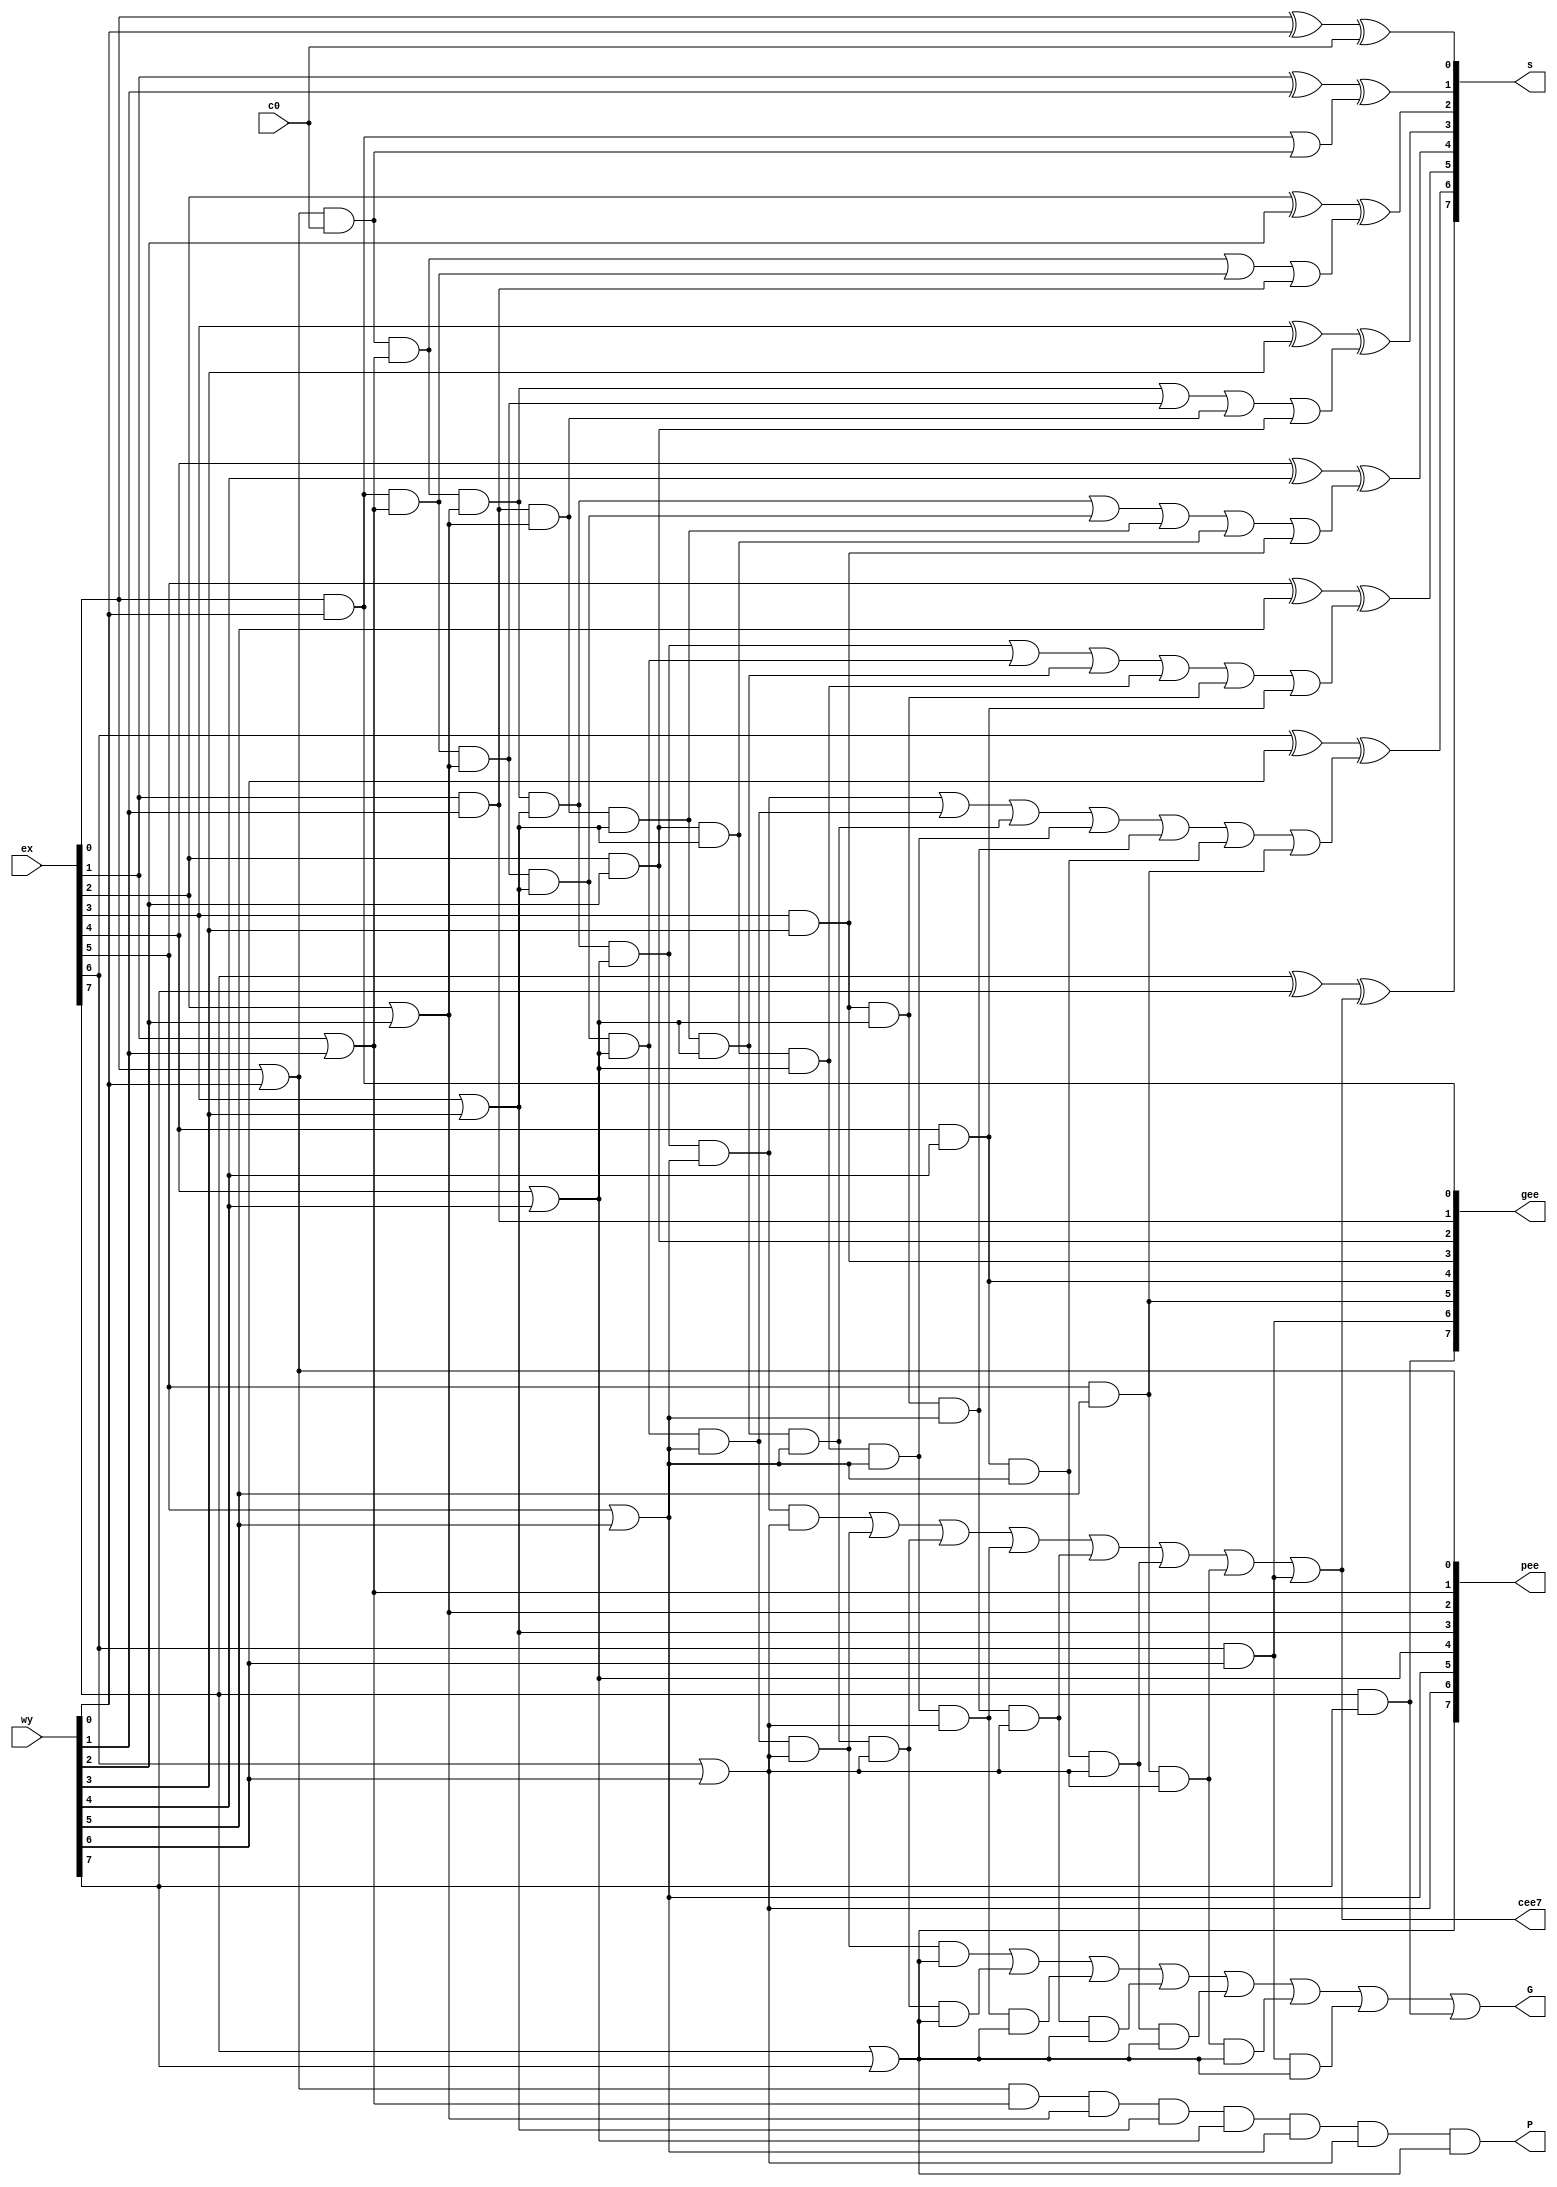
module cla_8(ex,wy,c0,s,pee,gee,P,G,cee7);
    input [7:0] ex,wy;
    input c0;

    output [7:0] s;
    output [7:0] pee,gee;
    output P,G;
    output cee7;
    wire G01,G02,G03,G04,G05,G06,G07;

    wire c1,c2,c3,c4,c5,c6,c7;

    assign cee7 = c7;


    //defining p07, g07 (or 815, etc.)
    or p0gate(pee[0],ex[0],wy[0]);
    or p1gate(pee[1],ex[1],wy[1]);
    or p2gate(pee[2],ex[2],wy[2]);
    or p3gate(pee[3],ex[3],wy[3]);
    or p4gate(pee[4],ex[4],wy[4]);
    or p5gate(pee[5],ex[5],wy[5]);
    or p6gate(pee[6],ex[6],wy[6]);
    or p7gate(pee[7],ex[7],wy[7]);

    and g0gate(gee[0],ex[0],wy[0]);
    and g1gate(gee[1],ex[1],wy[1]);
    and g2gate(gee[2],ex[2],wy[2]);
    and g3gate(gee[3],ex[3],wy[3]);
    and g4gate(gee[4],ex[4],wy[4]);
    and g5gate(gee[5],ex[5],wy[5]);
    and g6gate(gee[6],ex[6],wy[6]);
    and g7gate(gee[7],ex[7],wy[7]);

    //big P
    and P0(P,pee[0],pee[1],pee[2],pee[3],pee[4],pee[5],pee[6],pee[7]);
    //big G
    and G01and(G01,gee[0],pee[1],pee[2],pee[3],pee[4],pee[5],pee[6],pee[7]);
    and G02and(G02,gee[1],pee[2],pee[3],pee[4],pee[5],pee[6],pee[7]);
    and G03and(G03,gee[2],pee[3],pee[4],pee[5],pee[6],pee[7]);
    and G04and(G04,gee[3],pee[4],pee[5],pee[6],pee[7]);
    and G05and(G05,gee[4],pee[5],pee[6],pee[7]);
    and G06and(G06,gee[5],pee[6],pee[7]);
    and G07and(G07,gee[6],pee[7]);
    or G0(G,G01,G02,G03,G04,G05,G06,G07,gee[7]);

    //getting the carry bits
    wire toc1;
    and c1and(toc1,pee[0],c0);
    or c1or(c1,gee[0],toc1);

    wire toc21,toc22;
    and c2and1(toc21,c0,pee[0],pee[1]);
    and c2and2(toc22,gee[0],pee[1]);
    or c2or(c2,toc21,toc22,gee[1]);

    wire toc31,toc32,toc33;
    and c3and1(toc31,c0,pee[0],pee[1],pee[2]);
    and c3and2(toc32,gee[0],pee[1],pee[2]);
    and c3and3(toc33,gee[1],pee[2]);
    or c3or(c3,toc31,toc32,toc33,gee[2]);

    wire toc41,toc42,toc43,toc44;
    and c4and1(toc41,c0,pee[0],pee[1],pee[2],pee[3]);
    and c4and2(toc42,gee[0],pee[1],pee[2],pee[3]);
    and c4and3(toc43,gee[1],pee[2],pee[3]);
    and c4and4(toc44,gee[2],pee[3]);
    or c4or(c4,toc41,toc42,toc43,toc44,gee[3]);

    wire toc51,toc52,toc53,toc54,toc55;
    and c5and1(toc51,c0,pee[0],pee[1],pee[2],pee[3],pee[4]);
    and c5and2(toc52,gee[0],pee[1],pee[2],pee[3],pee[4]);
    and c5and3(toc53,gee[1],pee[2],pee[3],pee[4]);
    and c5and4(toc54,gee[2],pee[3],pee[4]);
    and c5and5(toc55,gee[3],pee[4]);
    or c5or(c5,toc51,toc52,toc53,toc54,toc55,gee[4]);

    wire toc61,toc62,toc63,toc64,toc65,toc66;
    and c6and1(toc61,c0,pee[0],pee[1],pee[2],pee[3],pee[4],pee[5]);
    and c6and2(toc62,gee[0],pee[1],pee[2],pee[3],pee[4],pee[5]);
    and c6and3(toc63,gee[1],pee[2],pee[3],pee[4],pee[5]);
    and c6and4(toc64,gee[2],pee[3],pee[4],pee[5]);
    and c6and5(toc65,gee[3],pee[4],pee[5]);
    and c6and6(toc66,gee[4],pee[5]);
    or c6or(c6,toc61,toc62,toc63,toc64,toc65,toc66,gee[5]);

    wire toc71,toc72,toc73,toc74,toc75,toc76,toc77;
    and c7and1(toc71,c0,pee[0],pee[1],pee[2],pee[3],pee[4],pee[5],pee[6]);
    and c7and2(toc72,gee[0],pee[1],pee[2],pee[3],pee[4],pee[5],pee[6]);
    and c7and3(toc73,gee[1],pee[2],pee[3],pee[4],pee[5],pee[6]);
    and c7and4(toc74,gee[2],pee[3],pee[4],pee[5],pee[6]);
    and c7and5(toc75,gee[3],pee[4],pee[5],pee[6]);
    and c7and6(toc76,gee[4],pee[5],pee[6]);
    and c7and7(toc77,gee[5],pee[6]);
    or c7or(c7,toc71,toc72,toc73,toc74,toc75,toc76,toc77,gee[6]);

    //getting the sum!
    wire tos0,tos1,tos2,tos3,tos4,tos5,tos6,tos7;

    xor s0xor1(tos0,ex[0],wy[0]);
    xor s0xor2(s[0],tos0,c0);

    xor s1xor1(tos1,ex[1],wy[1]);
    xor s1xor2(s[1],tos1,c1);

    xor s2xor1(tos2,ex[2],wy[2]);
    xor s2xor2(s[2],tos2,c2);

    xor s3xor1(tos3,ex[3],wy[3]);
    xor s3xor2(s[3],tos3,c3);

    xor s4xor1(tos4,ex[4],wy[4]);
    xor s4xor2(s[4],tos4,c4);

    xor s5xor1(tos5,ex[5],wy[5]);
    xor s5xor2(s[5],tos5,c5);

    xor s6xor1(tos6,ex[6],wy[6]);
    xor s6xor2(s[6],tos6,c6);

    xor s7xor1(tos7,ex[7],wy[7]);
    xor s7xor2(s[7],tos7,c7);

endmodule